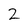
Character: 2